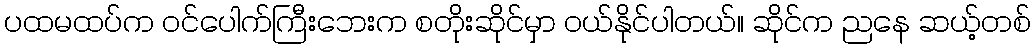
ပထမထပ်က ဝင်ပေါက်ကြီးဘေးက စတိုးဆိုင်မှာ ဝယ်နိုင်ပါတယ်။ ဆိုင်က ညနေ ဆယ့်တစ်